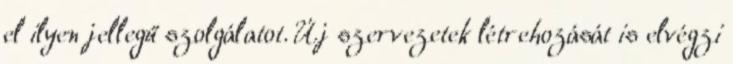
el ilyen jellegű szolgálatot. Új szervezetek létrehozását is elvégzi